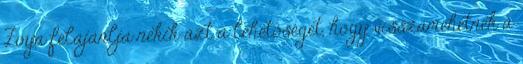
Zoya felajánlja nekik azt a lehetőséget, hogy visszamehetnek a